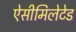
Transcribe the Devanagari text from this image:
ऐसीमिलेटेड